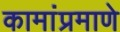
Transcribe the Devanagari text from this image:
कामांप्रमाणे